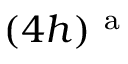
( 4 h ) ^ { \mathrm { ~ a ~ } }